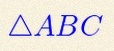
\triangle ABC